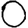
Digit: 0